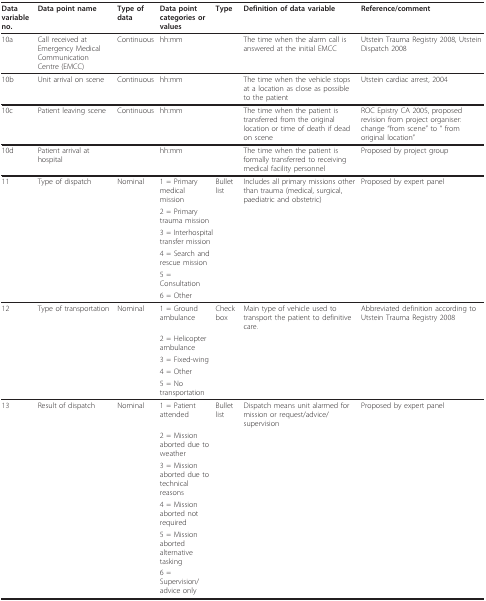
<table><thead><tr><td><b>Data variable no.</b></td><td><b>Data point name</b></td><td><b>Type of data</b></td><td><b>Data point categories or values</b></td><td><b>Type</b></td><td><b>Definition of data variable</b></td><td><b>Reference/comment</b></td></tr></thead><tbody><tr><td>10a</td><td>Call received at Emergency Medical Communication Centre (EMCC)</td><td>Continuous</td><td>hh:mm</td><td></td><td>The time when the alarm call is answered at the initial EMCC</td><td>Utstein Trauma Registry 2008, Utstein Dispatch 2008</td></tr><tr><td>10b</td><td>Unit arrival on scene</td><td>Continuous</td><td>hh:mm</td><td></td><td>The time when the vehicle stops at a location as close as possible to the patient</td><td>Utstein cardiac arrest, 2004</td></tr><tr><td>10c</td><td>Patient leaving scene</td><td>Continuous</td><td>hh:mm</td><td></td><td>The time when the patient is transferred from the original location or time of death if dead on scene</td><td>ROC Epistry CA 2005, proposed revision from project organiser: change &quot;from scene&quot; to &quot; from original location&quot;</td></tr><tr><td>10d</td><td>Patient arrival at hospital</td><td></td><td>hh:mm</td><td></td><td>The time when the patient is formally transferred to receiving medical facility personnel</td><td>Proposed by project group</td></tr><tr><td>11</td><td>Type of dispatch</td><td>Nominal</td><td>1 = Primary medical mission</td><td>Bullet list</td><td>Includes all primary missions other than trauma (medical, surgical, paediatric and obstetric)</td><td>Proposed by expert panel</td></tr><tr><td></td><td></td><td></td><td>2 = Primary trauma mission</td><td></td><td></td><td></td></tr><tr><td></td><td></td><td></td><td colspan="2">3 = Interhospital transfer mission</td><td></td><td></td></tr><tr><td></td><td></td><td></td><td>4 = Search and rescue mission</td><td></td><td></td><td></td></tr><tr><td></td><td></td><td></td><td>5 = Consultation</td><td></td><td></td><td></td></tr><tr><td></td><td></td><td></td><td>6 = Other</td><td></td><td></td><td></td></tr><tr><td>12</td><td>Type of transportation</td><td>Nominal</td><td>1 = Ground ambulance</td><td>Check box</td><td>Main type of vehicle used to transport the patient to definitive care.</td><td>Abbreviated definition according to Utstein Trauma Registry 2008</td></tr><tr><td></td><td></td><td></td><td>2 = Helicopter ambulance</td><td></td><td></td><td></td></tr><tr><td></td><td></td><td></td><td>3 = Fixed-wing</td><td></td><td></td><td></td></tr><tr><td></td><td></td><td></td><td>4 = Other</td><td></td><td></td><td></td></tr><tr><td></td><td></td><td></td><td>5 = No transportation</td><td></td><td></td><td></td></tr><tr><td>13</td><td>Result of dispatch</td><td>Nominal</td><td>1 = Patient attended</td><td>Bullet list</td><td>Dispatch means unit alarmed for mission or request/advice/supervision</td><td>Proposed by expert panel</td></tr><tr><td></td><td></td><td></td><td>2 = Mission aborted due to weather</td><td></td><td></td><td></td></tr><tr><td></td><td></td><td></td><td>3 = Mission aborted due to technical reasons</td><td></td><td></td><td></td></tr><tr><td></td><td></td><td></td><td>4 = Mission aborted not required</td><td></td><td></td><td></td></tr><tr><td></td><td></td><td></td><td>5 = Mission aborted alternative tasking</td><td></td><td></td><td></td></tr><tr><td></td><td></td><td></td><td>6 = Supervision/advice only</td><td></td><td></td><td></td></tr></tbody></table>